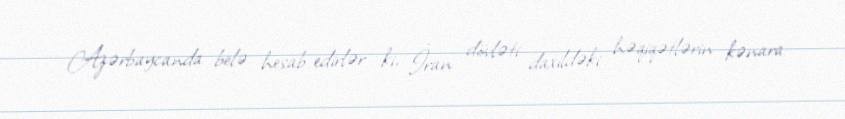
Azərbaycanda belə hesab edirlər ki, İran dövləti daxildəki həqiqətlərin kənara